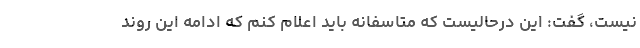
نیست، گفت: این درحالیست که متاسفانه باید اعلام کنم که ادامه این روند